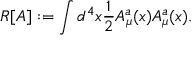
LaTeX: R [ A ] : = \int d ^ { 4 } x { \frac { 1 } { 2 } } A _ { \mu } ^ { a } ( x ) A _ { \mu } ^ { a } ( x ) .